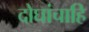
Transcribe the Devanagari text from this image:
दोघांचाहि